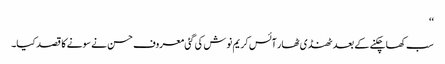
‘‘
سب کھا چکنے کے بعد ٹھنڈی ٹھار آئس کریم نوش کی گئی معروف حسن نے سونے کا قصد کیا۔